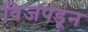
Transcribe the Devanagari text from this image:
विजपडून